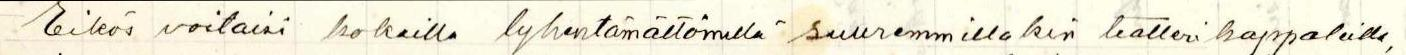
Eikös voitaisi kokeilla lyhentämättömillä suuremmillakin teatterikappaleilla,